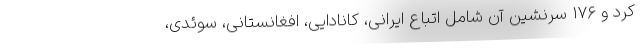
کرد و ۱۷۶ سرنشین آن شامل اتباع ایرانی، کانادایی، افغانستانی، سوئدی،